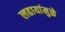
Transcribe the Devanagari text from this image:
लढायांमुळे